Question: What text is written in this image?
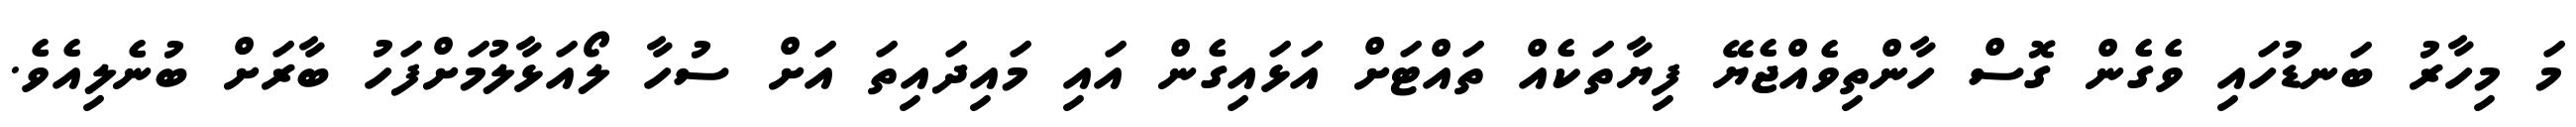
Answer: މަ މިހާރު ބަނޑުހައި ވެގެން ގޮސް ހާންތިވެއްޖެޔޭ ފިޔާތަކެއް ތައްޓަށް އަޅައިގެން އައި މައިދައިތަ އަށް ސުހާ ލޯއަޅާލުމަށްފަހު ބާރަށް ބުނެލިއެވެ.